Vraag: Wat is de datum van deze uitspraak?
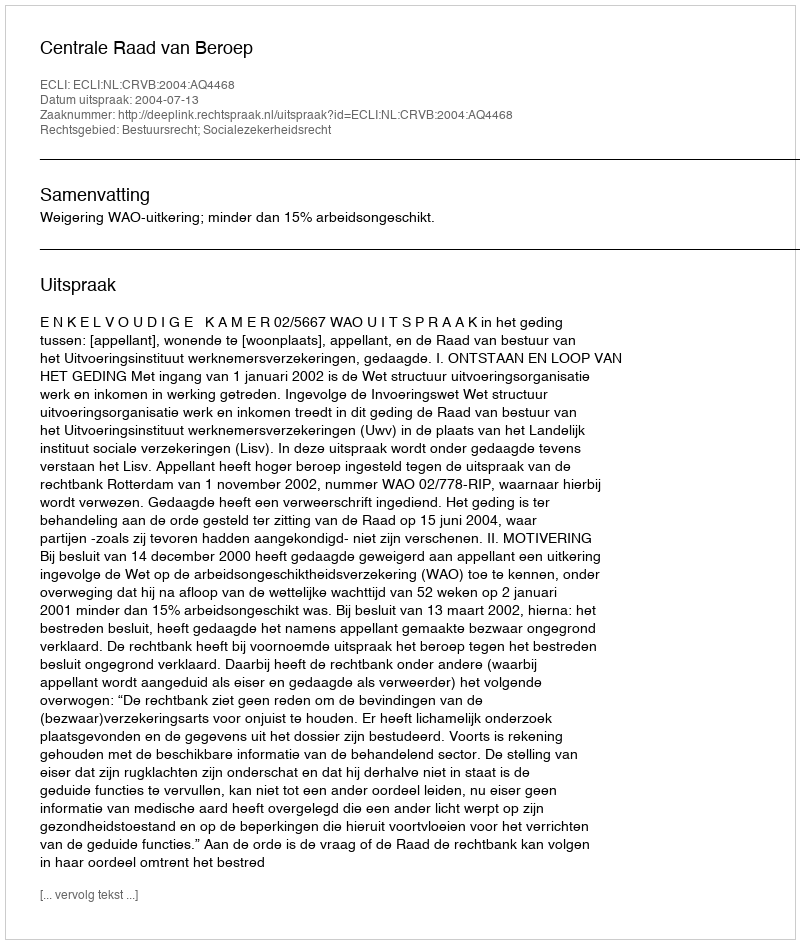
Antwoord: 2004-07-13